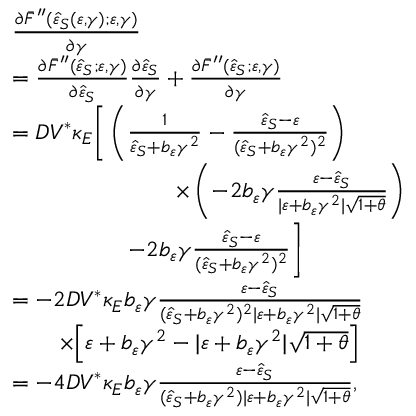
\begin{array} { r l } & { \frac { \partial \bar { F } ^ { \prime \prime } ( \hat { \varepsilon } _ { S } ( \varepsilon , \gamma ) ; \varepsilon , \gamma ) } { \partial \gamma } } \\ & { = \frac { \partial \bar { F } ^ { \prime \prime } ( \hat { \varepsilon } _ { S } ; \varepsilon , \gamma ) } { \partial \hat { \varepsilon } _ { S } } \frac { \partial \hat { \varepsilon } _ { S } } { \partial \gamma } + \frac { \partial \bar { F } ^ { \prime \prime } ( \hat { \varepsilon } _ { S } ; \varepsilon , \gamma ) } { \partial \gamma } } \\ & { = D V ^ { \ast } \kappa _ { E } \Bigg [ \left( \frac { 1 } { \hat { \varepsilon } _ { S } + b _ { \varepsilon } \gamma ^ { 2 } } - \frac { \hat { \varepsilon } _ { S } - \varepsilon } { ( \hat { \varepsilon } _ { S } + b _ { \varepsilon } \gamma ^ { 2 } ) ^ { 2 } } \right) } \\ & { \qquad \qquad \qquad \quad \times \left( - 2 b _ { \varepsilon } \gamma \frac { \varepsilon - \hat { \varepsilon } _ { S } } { \vert \varepsilon + b _ { \varepsilon } \gamma ^ { 2 } \vert \sqrt { 1 + \theta } } \right) } \\ & { \qquad \qquad \quad - 2 b _ { \varepsilon } \gamma \frac { \hat { \varepsilon } _ { S } - \varepsilon } { ( \hat { \varepsilon } _ { S } + b _ { \varepsilon } \gamma ^ { 2 } ) ^ { 2 } } \Bigg ] } \\ & { = - 2 D V ^ { \ast } \kappa _ { E } b _ { \varepsilon } \gamma \frac { \varepsilon - \hat { \varepsilon } _ { S } } { ( \hat { \varepsilon } _ { S } + b _ { \varepsilon } \gamma ^ { 2 } ) ^ { 2 } \vert \varepsilon + b _ { \varepsilon } \gamma ^ { 2 } \vert \sqrt { 1 + \theta } } } \\ & { \qquad \times \Big [ \varepsilon + b _ { \varepsilon } \gamma ^ { 2 } - \vert \varepsilon + b _ { \varepsilon } \gamma ^ { 2 } \vert \sqrt { 1 + \theta } \Big ] } \\ & { = - 4 D V ^ { \ast } \kappa _ { E } b _ { \varepsilon } \gamma \frac { \varepsilon - \hat { \varepsilon } _ { S } } { ( \hat { \varepsilon } _ { S } + b _ { \varepsilon } \gamma ^ { 2 } ) \vert \varepsilon + b _ { \varepsilon } \gamma ^ { 2 } \vert \sqrt { 1 + \theta } } , } \end{array}